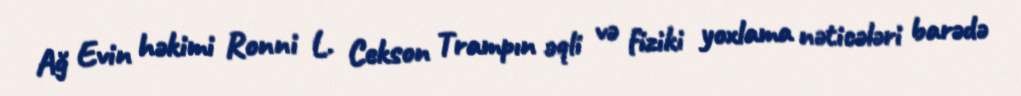
Ağ Evin həkimi Ronni L. Cekson Trampın əqli və fiziki yoxlama nəticələri barədə